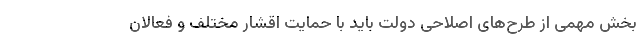
بخش مهمی از طرح‌های اصلاحی دولت باید با حمایت اقشار مختلف و فعالان